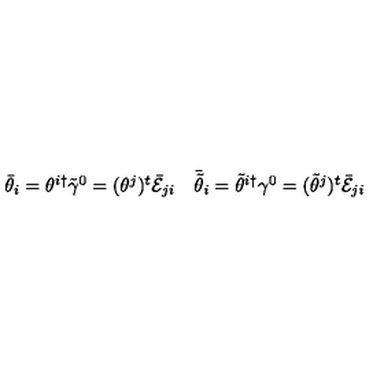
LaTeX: \begin{array} { c c } { \bar { \theta } _ { i } = \theta ^ { i \dagger } \tilde { \gamma } ^ { 0 } = ( \theta ^ { j } ) ^ { t } \bar { \cal E } _ { j i } } & { \bar { \tilde { \theta } } _ { i } = \tilde { \theta } ^ { i \dagger } \gamma ^ { 0 } = ( \tilde { \theta } ^ { j } ) ^ { t } \bar { \cal E } _ { j i } } \\ \end{array}